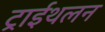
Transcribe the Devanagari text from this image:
ट्राईथलन